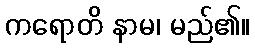
ကရောတိ နာမ၊ မည်၏။